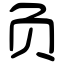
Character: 负